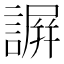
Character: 𧫮